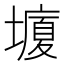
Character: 𰊸